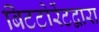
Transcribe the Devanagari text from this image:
बिटटोरेंटद्वारा